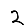
Digit: 2